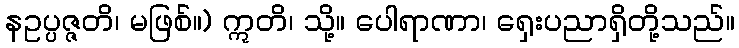
နဥပ္ပဇ္ဇတိ၊ မဖြစ်။) ဣတိ၊ သို့။ ပေါရာဏာ၊ ရှေးပညာရှိတို့သည်။